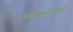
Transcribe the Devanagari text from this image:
कलाकुसरींमध्ये